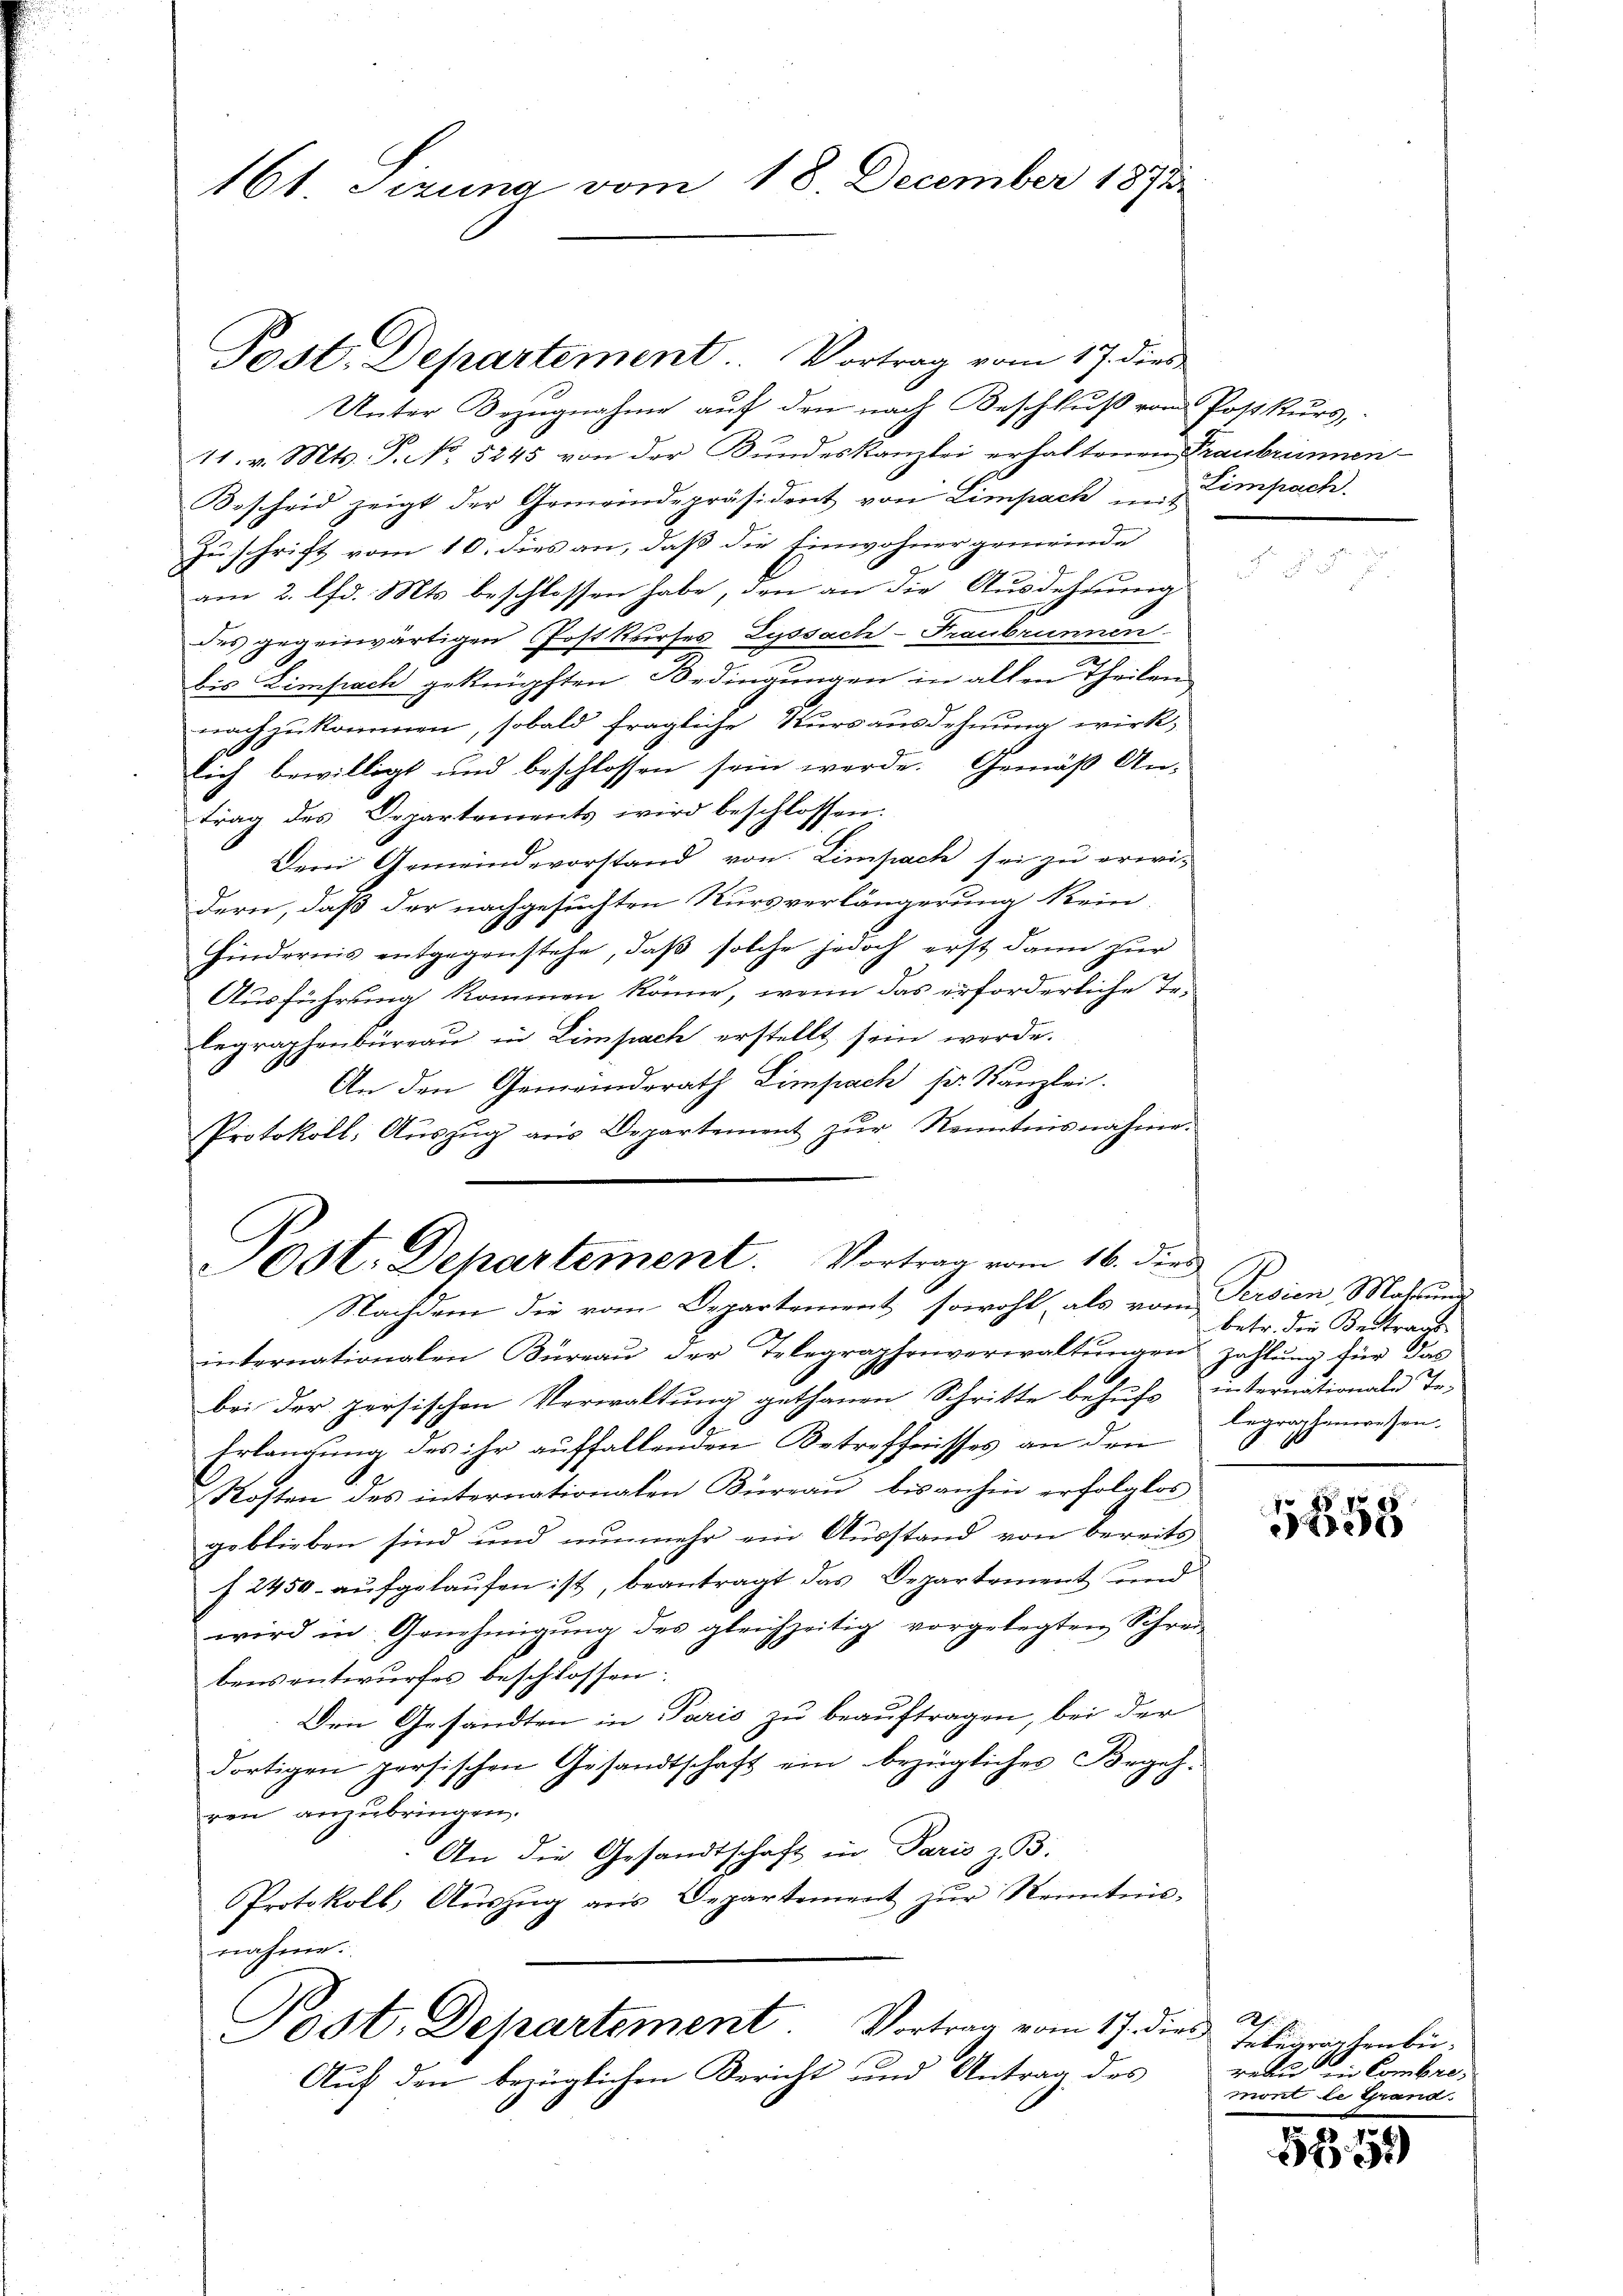
161 Sizung vom 18. December 1891

Post. Departement. Vortrag vom 17. dies

Unter Bezugnahme auf den nach Beschluß vom Postkurs,
11. v. Mts. S. No. 5245 von der Bundeskanzlei erhaltenen Traubrinnen-
Bescheid zeigt der Gemeindepräsident von Limpach mit
Zuschrift vom 10. dies an, daß die Einwohnergemeinde
am 2. Chr. Mts. beschlossen habe, den an die Ausdehnung
des gegenwärtigen Postkurses Lyssach-Fraubrunnen
bis Limpach geknüpften Bedingungen in alten Theilen
nachzukommen, sobald fragliche Kursausdehnung wirk,
lich bewilligt und beschlossen sein werde. Gemäß An-
trag des Departements wird beschlossen:
Dem Gemeindevorstand von Limpach sei zu erwidern, daß der nachgesuchten Kursverlängerung kein
Hindernis entgegenstehe, daß solche jedoch erst dann zur
Ausführung kommen könne, wenn das erforderliche Te-
legraphenbüreau in Limpach erstellt sein werde.
An den Gemeindsrath Limpach sr. Kanzlei.
Protokoll, Auszug aus Departement zur Kenntnisnahme.

Ost. Departement. Vortrag vom 16. dies
Nachdem die vom Departement, sowohl, als vom Persien Matrume

Limpach.

internationalen Büreau der Telegraphenverwaltungen zahlung für das
bei der persischen Verwaltung gethanen Schritte behufs internationale Te-
Erlangung des ihr auffallenden Betreffnisses an den
Kosten des internationalen Büreau, bis anhin erfolglos
geblieben sind und nunmehr ein Ausstand von bereits
 2450. aufgelaufen ist, beantragt das Departement und
wird in Genehmigŭng des gleichzeitig vorgelegten Schrei-
bensentwurfes beschlossen:
Den Gesandten in Paris zu beauftragen, bei der
dortigen persischen Gesandtschaft ein bezügliches Begeh-
ren anzubringen.
An die Gesandtschaft in Paris z. B.
Protokoll, Aŭszŭg ans Departement zŭr Kenntnis-
nahme.
Post. Departement Vortrag vom 17. dies
Auf den bezüglichen Bericht und Antrag des

betr. die Beitrags
begraphenwesen.

e

Rh
Telegraphenbüreau in Combre.
mont le Grand.

152. 491)